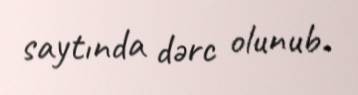
saytında dərc olunub.